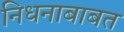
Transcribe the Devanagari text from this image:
निधनाबाबत